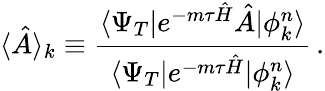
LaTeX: \langle\hat{A}\rangle_{k}\equiv\frac{\langle\Psi_{T}|e^{-m\tau\hat{H}}\hat{A}|\phi_{k}^{n}\rangle}{\langle\Psi_{T}|e^{-m\tau\hat{H}}|\phi_{k}^{n}\rangle}\, .